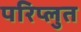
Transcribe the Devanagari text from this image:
परिप्लुत